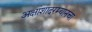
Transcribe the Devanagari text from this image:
अक्षांशादरम्यानचा